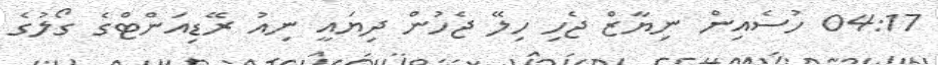
04:17 ހުސެއިން ނިޔާޒް ޖެހި ހިލޭ ޖެހުން ދިޔައީ ނިއު ރޭޑިއަންޓްގެ ގޯލުގެ